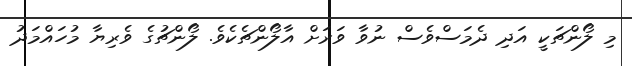
މި ލޯންޗަކީ އަދި ދެމަސްވެސް ނުވާ ވަރަށް އާލޯންޗެކެވެ. ލޯންޗުގެ ވެރިޔާ މުހައްމަދު